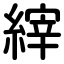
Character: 縡